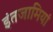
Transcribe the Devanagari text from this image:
इंतजामियां